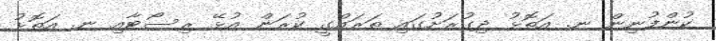
ކުންފުނިން ނ. އަތޮޅު ދިގުރަށުގައި ތަރައްގީ ކުރަން އުޅޭ ރިސޯޓާއި ނ. އަތޮޅު